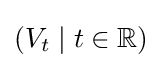
(V_{t}\mid t\in \mathbb {R} )